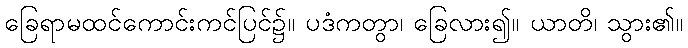
ခြေရာမထင်ကောင်းကင်ပြင်၌။ ပဒံကတွာ၊ ခြေလား၍။ ယာတိ၊ သွား၏။